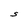
Character: S